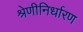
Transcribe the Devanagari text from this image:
श्रेणीनिर्धारण